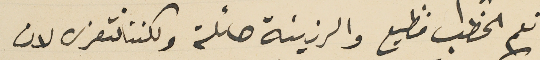
نعم الخطب فظيع والرزيئة هائلة ولكننا نتعزى لان